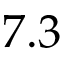
7 . 3